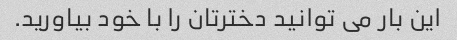
این بار می توانید دخترتان را با خود بیاورید.